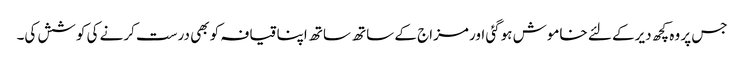
جس پر وہ کچھ دیرکے لئے خاموش ہوگئی اور مزاج کے ساتھ ساتھ اپنا قیافہ کو بھی درست کرنے کی کوشش کی۔